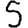
Digit: 5